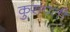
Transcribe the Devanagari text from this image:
कुरापती